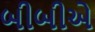
બીબીએ